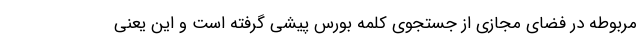
مربوطه در فضای مجازی از جستجوی کلمه بورس پیشی گرفته است و این یعنی